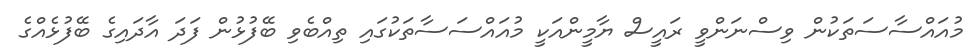
މުއައްސާސަތަކުން ވިސްނަންވީ ރައީސް ޔާމީންއަކީ މުއައްސަސާތަކުގައި ތިއްބެވި ބޭފުޅުން ފަދަ އާދައިގެ ބޭފުޅެއްގެ